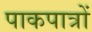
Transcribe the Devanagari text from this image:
पाकपात्रों